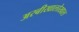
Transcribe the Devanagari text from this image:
अरबीखालोखाल